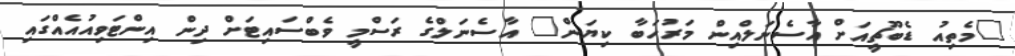
"މެތިއު ޑެބޫޗީއަށް އާސެނަލްއިން މަރުހަބާ ކިޔަން" އާސެނަލްގެ ރަސްމީ ވެބްސައިޓަށް ދިން އިންޓަވިއުއެއްގައި